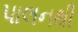
પાલનથી